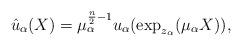
LaTeX: \begin{align*}\hat{u}_\alpha(X) = \mu_\alpha^{\frac{n}{2}-1}u_\alpha(\exp_{z_\alpha}(\mu_\alpha X)),\end{align*}